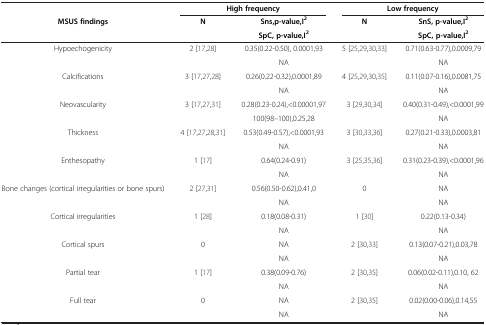
<table><thead><tr><td><b> </b></td><td colspan="2"><b>High frequency</b></td><td colspan="2"><b>Low frequency</b></td></tr><tr><td rowspan="2"><b>MSUS findings</b></td><td rowspan="2"><b>N</b></td><td><b>Sns,p-value,I<sup>2</sup></b></td><td rowspan="2"><b>N</b></td><td><b>SnS, p-value,I<sup>2</sup></b></td></tr><tr><td><b>SpC, p-value,I<sup>2</sup></b></td><td><b>SpC, p-value,I<sup>2</sup></b></td></tr></thead><tbody><tr><td rowspan="2">Hypoechogenicity</td><td rowspan="2">2 [17,28]</td><td>0.35(0.22-0.50), 0.0001,93</td><td rowspan="2">5 [25,29,30,33]</td><td>0.71(0.63-0.77),0.0009,79</td></tr><tr><td>NA</td><td>NA</td></tr><tr><td rowspan="2">Calcifications</td><td rowspan="2">3 [17,27,28]</td><td>0.26(0.22-0.32),0.0001,89</td><td rowspan="2">4 [25,29,30,35]</td><td>0.11(0.07-0.16),0.0081,75</td></tr><tr><td>NA</td><td>NA</td></tr><tr><td rowspan="2">Neovascularity</td><td rowspan="2">3 [17,27,31]</td><td>0.28(0.23-0.24),&lt;0.00001,97</td><td rowspan="2">3 [29,30,34]</td><td>0.40(0.31-0.49),&lt;0.0001,99</td></tr><tr><td>100(98–100),0.25,28</td><td>NA</td></tr><tr><td rowspan="2">Thickness</td><td rowspan="2">4 [17,27,28,31]</td><td>0.53(0.49-0.57),&lt;0.0001,93</td><td rowspan="2">3 [30,33,36]</td><td>0.27(0.21-0.33),0.0003,81</td></tr><tr><td>NA</td><td>NA</td></tr><tr><td rowspan="2">Enthesopathy</td><td rowspan="2">1 [17]</td><td>0.64(0.24-0.91)</td><td rowspan="2">3 [25,35,36]</td><td>0.31(0.23-0.39),&lt;0.0001,96</td></tr><tr><td>NA</td><td>NA</td></tr><tr><td rowspan="2">Bone changes (cortical irregularities or bone spurs)</td><td rowspan="2">2 [27,31]</td><td>0.56(0.50-0.62),0.41,0</td><td rowspan="2">0</td><td>NA</td></tr><tr><td>NA</td><td>NA</td></tr><tr><td rowspan="2">Cortical irregularities</td><td rowspan="2">1 [28]</td><td>0.18(0.08-0.31)</td><td rowspan="2">1 [30]</td><td>0.22(0.13-0.34)</td></tr><tr><td>NA</td><td>NA</td></tr><tr><td rowspan="2">Cortical spurs</td><td rowspan="2">0</td><td>NA</td><td rowspan="2">2 [30,33]</td><td>0.13(0.07-0.21),0.03,78</td></tr><tr><td>NA</td><td>NA</td></tr><tr><td rowspan="2">Partial tear</td><td rowspan="2">1 [17]</td><td>0.38(0.09-0.76)</td><td rowspan="2">2 [30,35]</td><td>0.06(0.02-0.11),0.10, 62</td></tr><tr><td>NA</td><td>NA</td></tr><tr><td rowspan="2">Full tear</td><td rowspan="2">0</td><td>NA</td><td rowspan="2">2 [30,35]</td><td>0.02(0.00-0.06),0.14,55</td></tr><tr><td>NA</td><td>NA</td></tr></tbody></table>